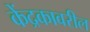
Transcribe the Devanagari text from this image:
केंद्रकावरील